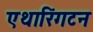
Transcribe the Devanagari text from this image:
एथारिंगटन